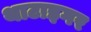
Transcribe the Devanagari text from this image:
थाटाइगर